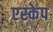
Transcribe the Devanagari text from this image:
एस्‍केप